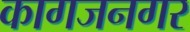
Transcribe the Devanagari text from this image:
कागजनगर